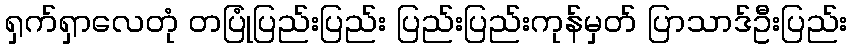
ရှက်ရှာလေတုံ တပြုံပြည်းပြည်း ပြည်းပြည်းကုန်မှတ် ပြာသာဒ်ဦးပြည်း